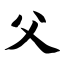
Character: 父